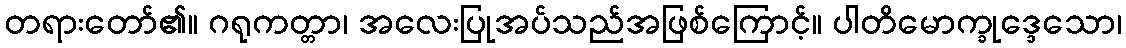
တရားတော်၏။ ဂရုကတ္တာ၊ အလေးပြုအပ်သည်အဖြစ်ကြောင့်။ ပါတိမောက္ခုဒ္ဒေသော၊